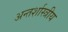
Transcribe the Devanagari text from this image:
अन्तर्शास्त्रीय